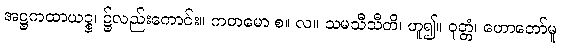
အဋ္ဌကထာယဉ္စ၊ ၌လည်းကောင်း။ ကတမော စ။ လ။ သမသီသီတိ၊ ဟူ၍။ ဝုတ္တံ၊ ဟောတော်မူ